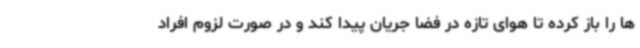
ها را باز کرده تا هوای تازه در فضا جریان پیدا کند و در صورت لزوم افراد